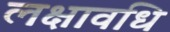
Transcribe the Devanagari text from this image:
लक्षावधि